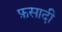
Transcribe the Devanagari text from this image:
फ़सादी